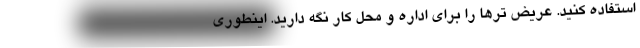
استفاده کنید. عریض ترها را برای اداره و محل کار نگه دارید. اینطوری